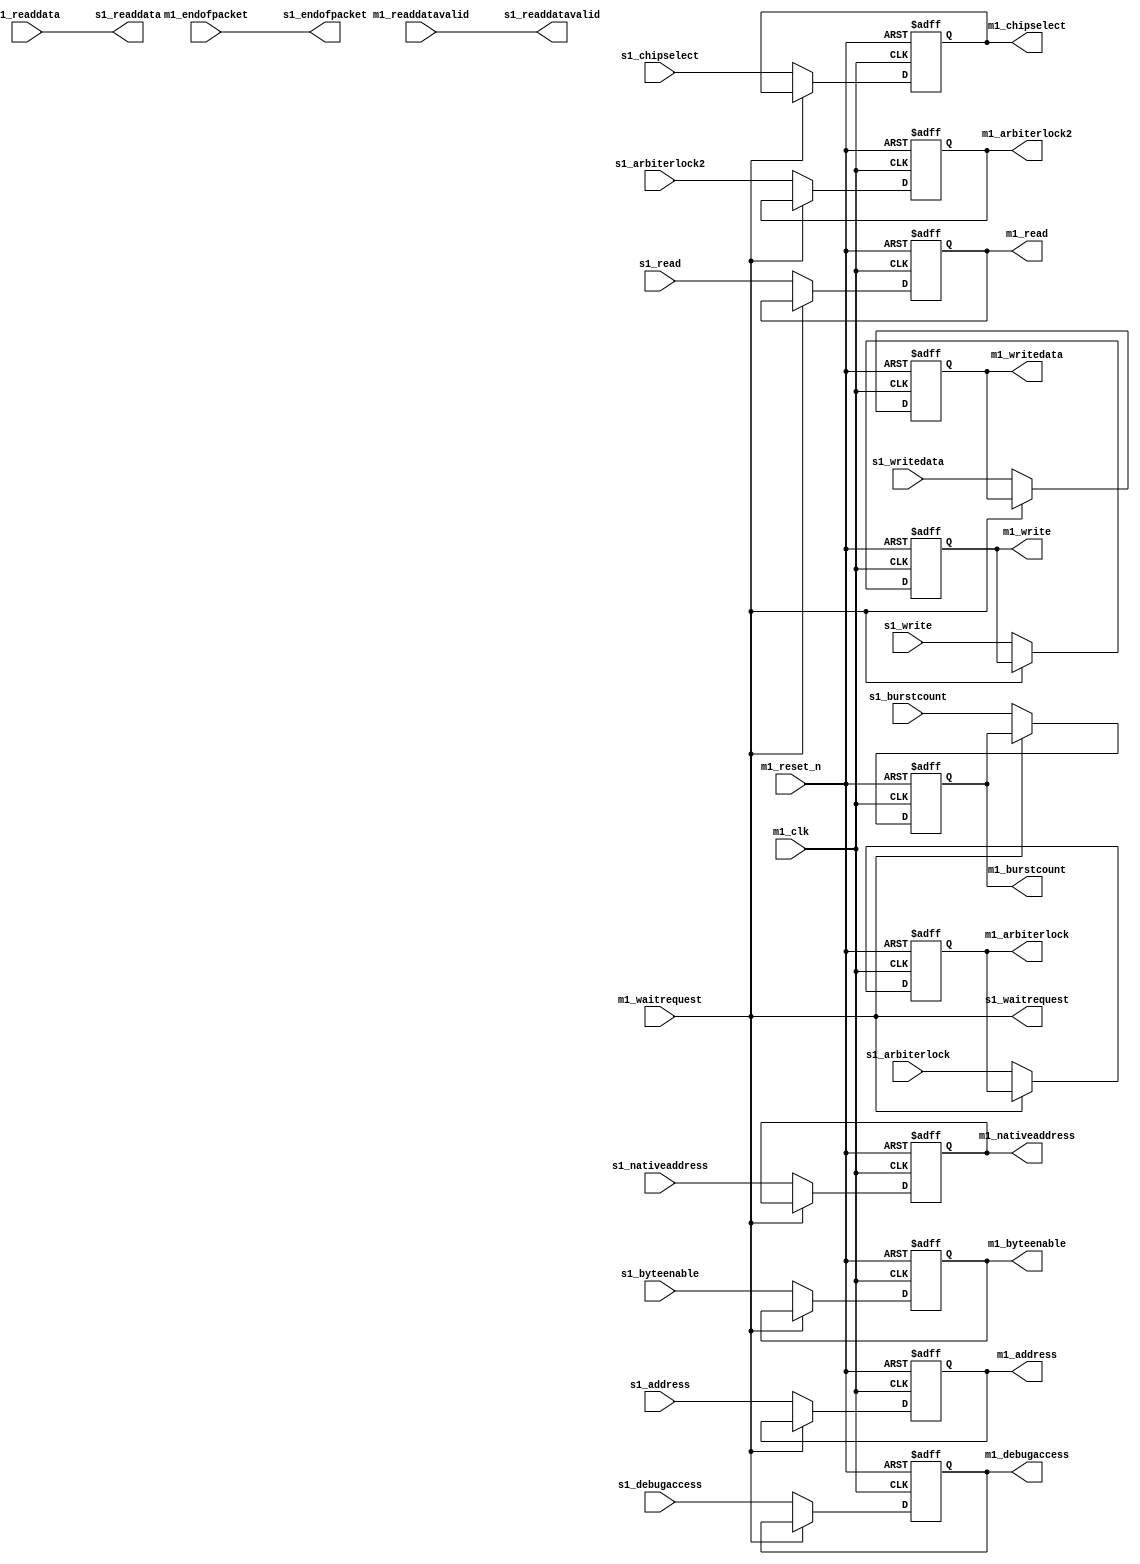
//Legal Notice: (C)2012 Altera Corporation. All rights reserved.  Your
//use of Altera Corporation's design tools, logic functions and other
//software and tools, and its AMPP partner logic functions, and any
//output files any of the foregoing (including device programming or
//simulation files), and any associated documentation or information are
//expressly subject to the terms and conditions of the Altera Program
//License Subscription Agreement or other applicable license agreement,
//including, without limitation, that your use is for the sole purpose
//of programming logic devices manufactured by Altera and sold by Altera
//or its authorized distributors.  Please refer to the applicable
//agreement for further details.

// synthesis translate_off
`timescale 1ns / 1ps
// synthesis translate_on

// turn off superfluous verilog processor warnings 
// altera message_level Level1 
// altera message_off 10034 10035 10036 10037 10230 10240 10030 

module pipeline_bridge_MEMORY_downstream_adapter (
                                                   // inputs:
                                                    m1_clk,
                                                    m1_endofpacket,
                                                    m1_readdata,
                                                    m1_readdatavalid,
                                                    m1_reset_n,
                                                    m1_waitrequest,
                                                    s1_address,
                                                    s1_arbiterlock,
                                                    s1_arbiterlock2,
                                                    s1_burstcount,
                                                    s1_byteenable,
                                                    s1_chipselect,
                                                    s1_debugaccess,
                                                    s1_nativeaddress,
                                                    s1_read,
                                                    s1_write,
                                                    s1_writedata,

                                                   // outputs:
                                                    m1_address,
                                                    m1_arbiterlock,
                                                    m1_arbiterlock2,
                                                    m1_burstcount,
                                                    m1_byteenable,
                                                    m1_chipselect,
                                                    m1_debugaccess,
                                                    m1_nativeaddress,
                                                    m1_read,
                                                    m1_write,
                                                    m1_writedata,
                                                    s1_endofpacket,
                                                    s1_readdata,
                                                    s1_readdatavalid,
                                                    s1_waitrequest
                                                 )
;

  output  [ 23: 0] m1_address;
  output           m1_arbiterlock;
  output           m1_arbiterlock2;
  output  [  2: 0] m1_burstcount;
  output  [  3: 0] m1_byteenable;
  output           m1_chipselect;
  output           m1_debugaccess;
  output  [ 21: 0] m1_nativeaddress;
  output           m1_read;
  output           m1_write;
  output  [ 31: 0] m1_writedata;
  output           s1_endofpacket;
  output  [ 31: 0] s1_readdata;
  output           s1_readdatavalid;
  output           s1_waitrequest;
  input            m1_clk;
  input            m1_endofpacket;
  input   [ 31: 0] m1_readdata;
  input            m1_readdatavalid;
  input            m1_reset_n;
  input            m1_waitrequest;
  input   [ 23: 0] s1_address;
  input            s1_arbiterlock;
  input            s1_arbiterlock2;
  input   [  2: 0] s1_burstcount;
  input   [  3: 0] s1_byteenable;
  input            s1_chipselect;
  input            s1_debugaccess;
  input   [ 21: 0] s1_nativeaddress;
  input            s1_read;
  input            s1_write;
  input   [ 31: 0] s1_writedata;

  reg     [ 23: 0] m1_address;
  reg              m1_arbiterlock;
  reg              m1_arbiterlock2;
  reg     [  2: 0] m1_burstcount;
  reg     [  3: 0] m1_byteenable;
  reg              m1_chipselect;
  reg              m1_debugaccess;
  reg     [ 21: 0] m1_nativeaddress;
  reg              m1_read;
  reg              m1_write;
  reg     [ 31: 0] m1_writedata;
  wire             s1_endofpacket;
  wire    [ 31: 0] s1_readdata;
  wire             s1_readdatavalid;
  wire             s1_waitrequest;
  //s1, which is an e_avalon_adapter_slave
  //m1, which is an e_avalon_adapter_master
  assign s1_endofpacket = m1_endofpacket;
  assign s1_readdata = m1_readdata;
  assign s1_readdatavalid = m1_readdatavalid;
  assign s1_waitrequest = m1_waitrequest;
  always @(posedge m1_clk or negedge m1_reset_n)
    begin
      if (m1_reset_n == 0)
          m1_address <= 0;
      else if (~m1_waitrequest)
          m1_address <= s1_address;
    end


  always @(posedge m1_clk or negedge m1_reset_n)
    begin
      if (m1_reset_n == 0)
          m1_arbiterlock <= 0;
      else if (~m1_waitrequest)
          m1_arbiterlock <= s1_arbiterlock;
    end


  always @(posedge m1_clk or negedge m1_reset_n)
    begin
      if (m1_reset_n == 0)
          m1_arbiterlock2 <= 0;
      else if (~m1_waitrequest)
          m1_arbiterlock2 <= s1_arbiterlock2;
    end


  always @(posedge m1_clk or negedge m1_reset_n)
    begin
      if (m1_reset_n == 0)
          m1_burstcount <= 0;
      else if (~m1_waitrequest)
          m1_burstcount <= s1_burstcount;
    end


  always @(posedge m1_clk or negedge m1_reset_n)
    begin
      if (m1_reset_n == 0)
          m1_byteenable <= 0;
      else if (~m1_waitrequest)
          m1_byteenable <= s1_byteenable;
    end


  always @(posedge m1_clk or negedge m1_reset_n)
    begin
      if (m1_reset_n == 0)
          m1_chipselect <= 0;
      else if (~m1_waitrequest)
          m1_chipselect <= s1_chipselect;
    end


  always @(posedge m1_clk or negedge m1_reset_n)
    begin
      if (m1_reset_n == 0)
          m1_debugaccess <= 0;
      else if (~m1_waitrequest)
          m1_debugaccess <= s1_debugaccess;
    end


  always @(posedge m1_clk or negedge m1_reset_n)
    begin
      if (m1_reset_n == 0)
          m1_nativeaddress <= 0;
      else if (~m1_waitrequest)
          m1_nativeaddress <= s1_nativeaddress;
    end


  always @(posedge m1_clk or negedge m1_reset_n)
    begin
      if (m1_reset_n == 0)
          m1_read <= 0;
      else if (~m1_waitrequest)
          m1_read <= s1_read;
    end


  always @(posedge m1_clk or negedge m1_reset_n)
    begin
      if (m1_reset_n == 0)
          m1_write <= 0;
      else if (~m1_waitrequest)
          m1_write <= s1_write;
    end


  always @(posedge m1_clk or negedge m1_reset_n)
    begin
      if (m1_reset_n == 0)
          m1_writedata <= 0;
      else if (~m1_waitrequest)
          m1_writedata <= s1_writedata;
    end



endmodule



// turn off superfluous verilog processor warnings 
// altera message_level Level1 
// altera message_off 10034 10035 10036 10037 10230 10240 10030 

module pipeline_bridge_MEMORY_upstream_adapter (
                                                 // inputs:
                                                  m1_endofpacket,
                                                  m1_readdata,
                                                  m1_readdatavalid,
                                                  m1_waitrequest,
                                                  s1_address,
                                                  s1_arbiterlock,
                                                  s1_arbiterlock2,
                                                  s1_burstcount,
                                                  s1_byteenable,
                                                  s1_chipselect,
                                                  s1_debugaccess,
                                                  s1_nativeaddress,
                                                  s1_read,
                                                  s1_write,
                                                  s1_writedata,

                                                 // outputs:
                                                  m1_address,
                                                  m1_arbiterlock,
                                                  m1_arbiterlock2,
                                                  m1_burstcount,
                                                  m1_byteenable,
                                                  m1_chipselect,
                                                  m1_debugaccess,
                                                  m1_nativeaddress,
                                                  m1_read,
                                                  m1_write,
                                                  m1_writedata,
                                                  s1_endofpacket,
                                                  s1_readdata,
                                                  s1_readdatavalid,
                                                  s1_waitrequest
                                               )
;

  output  [ 23: 0] m1_address;
  output           m1_arbiterlock;
  output           m1_arbiterlock2;
  output  [  2: 0] m1_burstcount;
  output  [  3: 0] m1_byteenable;
  output           m1_chipselect;
  output           m1_debugaccess;
  output  [ 21: 0] m1_nativeaddress;
  output           m1_read;
  output           m1_write;
  output  [ 31: 0] m1_writedata;
  output           s1_endofpacket;
  output  [ 31: 0] s1_readdata;
  output           s1_readdatavalid;
  output           s1_waitrequest;
  input            m1_endofpacket;
  input   [ 31: 0] m1_readdata;
  input            m1_readdatavalid;
  input            m1_waitrequest;
  input   [ 23: 0] s1_address;
  input            s1_arbiterlock;
  input            s1_arbiterlock2;
  input   [  2: 0] s1_burstcount;
  input   [  3: 0] s1_byteenable;
  input            s1_chipselect;
  input            s1_debugaccess;
  input   [ 21: 0] s1_nativeaddress;
  input            s1_read;
  input            s1_write;
  input   [ 31: 0] s1_writedata;

  wire    [ 23: 0] m1_address;
  wire             m1_arbiterlock;
  wire             m1_arbiterlock2;
  wire    [  2: 0] m1_burstcount;
  wire    [  3: 0] m1_byteenable;
  wire             m1_chipselect;
  wire             m1_debugaccess;
  wire    [ 21: 0] m1_nativeaddress;
  wire             m1_read;
  wire             m1_write;
  wire    [ 31: 0] m1_writedata;
  wire             s1_endofpacket;
  wire    [ 31: 0] s1_readdata;
  wire             s1_readdatavalid;
  wire             s1_waitrequest;
  //s1, which is an e_avalon_adapter_slave
  //m1, which is an e_avalon_adapter_master
  assign s1_endofpacket = m1_endofpacket;
  assign s1_readdata = m1_readdata;
  assign s1_readdatavalid = m1_readdatavalid;
  assign s1_waitrequest = m1_waitrequest;
  assign m1_address = s1_address;
  assign m1_arbiterlock = s1_arbiterlock;
  assign m1_arbiterlock2 = s1_arbiterlock2;
  assign m1_burstcount = s1_burstcount;
  assign m1_byteenable = s1_byteenable;
  assign m1_chipselect = s1_chipselect;
  assign m1_debugaccess = s1_debugaccess;
  assign m1_nativeaddress = s1_nativeaddress;
  assign m1_read = s1_read;
  assign m1_write = s1_write;
  assign m1_writedata = s1_writedata;

endmodule



// turn off superfluous verilog processor warnings 
// altera message_level Level1 
// altera message_off 10034 10035 10036 10037 10230 10240 10030 

module pipeline_bridge_MEMORY_waitrequest_adapter (
                                                    // inputs:
                                                     m1_endofpacket,
                                                     m1_readdata,
                                                     m1_readdatavalid,
                                                     m1_waitrequest,
                                                     s1_address,
                                                     s1_arbiterlock,
                                                     s1_arbiterlock2,
                                                     s1_burstcount,
                                                     s1_byteenable,
                                                     s1_chipselect,
                                                     s1_debugaccess,
                                                     s1_nativeaddress,
                                                     s1_read,
                                                     s1_write,
                                                     s1_writedata,

                                                    // outputs:
                                                     m1_address,
                                                     m1_arbiterlock,
                                                     m1_arbiterlock2,
                                                     m1_burstcount,
                                                     m1_byteenable,
                                                     m1_chipselect,
                                                     m1_debugaccess,
                                                     m1_nativeaddress,
                                                     m1_read,
                                                     m1_write,
                                                     m1_writedata,
                                                     s1_endofpacket,
                                                     s1_readdata,
                                                     s1_readdatavalid,
                                                     s1_waitrequest
                                                  )
;

  output  [ 23: 0] m1_address;
  output           m1_arbiterlock;
  output           m1_arbiterlock2;
  output  [  2: 0] m1_burstcount;
  output  [  3: 0] m1_byteenable;
  output           m1_chipselect;
  output           m1_debugaccess;
  output  [ 21: 0] m1_nativeaddress;
  output           m1_read;
  output           m1_write;
  output  [ 31: 0] m1_writedata;
  output           s1_endofpacket;
  output  [ 31: 0] s1_readdata;
  output           s1_readdatavalid;
  output           s1_waitrequest;
  input            m1_endofpacket;
  input   [ 31: 0] m1_readdata;
  input            m1_readdatavalid;
  input            m1_waitrequest;
  input   [ 23: 0] s1_address;
  input            s1_arbiterlock;
  input            s1_arbiterlock2;
  input   [  2: 0] s1_burstcount;
  input   [  3: 0] s1_byteenable;
  input            s1_chipselect;
  input            s1_debugaccess;
  input   [ 21: 0] s1_nativeaddress;
  input            s1_read;
  input            s1_write;
  input   [ 31: 0] s1_writedata;

  wire    [ 23: 0] m1_address;
  wire             m1_arbiterlock;
  wire             m1_arbiterlock2;
  wire    [  2: 0] m1_burstcount;
  wire    [  3: 0] m1_byteenable;
  wire             m1_chipselect;
  wire             m1_debugaccess;
  wire    [ 21: 0] m1_nativeaddress;
  wire             m1_read;
  wire             m1_write;
  wire    [ 31: 0] m1_writedata;
  wire             s1_endofpacket;
  wire    [ 31: 0] s1_readdata;
  wire             s1_readdatavalid;
  wire             s1_waitrequest;
  //s1, which is an e_avalon_adapter_slave
  //m1, which is an e_avalon_adapter_master
  assign s1_endofpacket = m1_endofpacket;
  assign s1_readdata = m1_readdata;
  assign s1_readdatavalid = m1_readdatavalid;
  assign s1_waitrequest = m1_waitrequest;
  assign m1_address = s1_address;
  assign m1_arbiterlock = s1_arbiterlock;
  assign m1_arbiterlock2 = s1_arbiterlock2;
  assign m1_burstcount = s1_burstcount;
  assign m1_byteenable = s1_byteenable;
  assign m1_chipselect = s1_chipselect;
  assign m1_debugaccess = s1_debugaccess;
  assign m1_nativeaddress = s1_nativeaddress;
  assign m1_read = s1_read;
  assign m1_write = s1_write;
  assign m1_writedata = s1_writedata;

endmodule



// turn off superfluous verilog processor warnings 
// altera message_level Level1 
// altera message_off 10034 10035 10036 10037 10230 10240 10030 

module pipeline_bridge_MEMORY (
                                // inputs:
                                 clk,
                                 m1_endofpacket,
                                 m1_readdata,
                                 m1_readdatavalid,
                                 m1_waitrequest,
                                 reset_n,
                                 s1_address,
                                 s1_arbiterlock,
                                 s1_arbiterlock2,
                                 s1_burstcount,
                                 s1_byteenable,
                                 s1_chipselect,
                                 s1_debugaccess,
                                 s1_nativeaddress,
                                 s1_read,
                                 s1_write,
                                 s1_writedata,

                                // outputs:
                                 m1_address,
                                 m1_burstcount,
                                 m1_byteenable,
                                 m1_chipselect,
                                 m1_debugaccess,
                                 m1_read,
                                 m1_write,
                                 m1_writedata,
                                 s1_endofpacket,
                                 s1_readdata,
                                 s1_readdatavalid,
                                 s1_waitrequest
                              )
;

  output  [ 23: 0] m1_address;
  output  [  2: 0] m1_burstcount;
  output  [  3: 0] m1_byteenable;
  output           m1_chipselect;
  output           m1_debugaccess;
  output           m1_read;
  output           m1_write;
  output  [ 31: 0] m1_writedata;
  output           s1_endofpacket;
  output  [ 31: 0] s1_readdata;
  output           s1_readdatavalid;
  output           s1_waitrequest;
  input            clk;
  input            m1_endofpacket;
  input   [ 31: 0] m1_readdata;
  input            m1_readdatavalid;
  input            m1_waitrequest;
  input            reset_n;
  input   [ 21: 0] s1_address;
  input            s1_arbiterlock;
  input            s1_arbiterlock2;
  input   [  2: 0] s1_burstcount;
  input   [  3: 0] s1_byteenable;
  input            s1_chipselect;
  input            s1_debugaccess;
  input   [ 21: 0] s1_nativeaddress;
  input            s1_read;
  input            s1_write;
  input   [ 31: 0] s1_writedata;

  wire    [ 23: 0] downstream_m1_address;
  wire             downstream_m1_arbiterlock;
  wire             downstream_m1_arbiterlock2;
  wire    [  2: 0] downstream_m1_burstcount;
  wire    [  3: 0] downstream_m1_byteenable;
  wire             downstream_m1_chipselect;
  wire             downstream_m1_debugaccess;
  wire             downstream_m1_endofpacket;
  wire    [ 21: 0] downstream_m1_nativeaddress;
  wire             downstream_m1_read;
  wire    [ 31: 0] downstream_m1_readdata;
  wire             downstream_m1_readdatavalid;
  wire             downstream_m1_waitrequest;
  wire             downstream_m1_write;
  wire    [ 31: 0] downstream_m1_writedata;
  wire    [ 23: 0] downstream_s1_address;
  wire             downstream_s1_arbiterlock;
  wire             downstream_s1_arbiterlock2;
  wire    [  2: 0] downstream_s1_burstcount;
  wire    [  3: 0] downstream_s1_byteenable;
  wire             downstream_s1_chipselect;
  wire             downstream_s1_debugaccess;
  wire             downstream_s1_endofpacket;
  wire    [ 21: 0] downstream_s1_nativeaddress;
  wire             downstream_s1_read;
  wire    [ 31: 0] downstream_s1_readdata;
  wire             downstream_s1_readdatavalid;
  wire             downstream_s1_waitrequest;
  wire             downstream_s1_write;
  wire    [ 31: 0] downstream_s1_writedata;
  wire    [ 23: 0] m1_address;
  wire             m1_arbiterlock;
  wire             m1_arbiterlock2;
  wire    [  2: 0] m1_burstcount;
  wire    [  3: 0] m1_byteenable;
  wire             m1_chipselect;
  wire             m1_debugaccess;
  wire    [ 21: 0] m1_nativeaddress;
  wire             m1_read;
  wire             m1_write;
  wire    [ 31: 0] m1_writedata;
  wire             s1_endofpacket;
  wire    [ 31: 0] s1_readdata;
  wire             s1_readdatavalid;
  wire             s1_waitrequest;
  wire    [ 23: 0] upstream_m1_address;
  wire             upstream_m1_arbiterlock;
  wire             upstream_m1_arbiterlock2;
  wire    [  2: 0] upstream_m1_burstcount;
  wire    [  3: 0] upstream_m1_byteenable;
  wire             upstream_m1_chipselect;
  wire             upstream_m1_debugaccess;
  wire             upstream_m1_endofpacket;
  wire    [ 21: 0] upstream_m1_nativeaddress;
  wire             upstream_m1_read;
  wire    [ 31: 0] upstream_m1_readdata;
  wire             upstream_m1_readdatavalid;
  wire             upstream_m1_waitrequest;
  wire             upstream_m1_write;
  wire    [ 31: 0] upstream_m1_writedata;
  wire    [ 23: 0] upstream_s1_address;
  wire             upstream_s1_arbiterlock;
  wire             upstream_s1_arbiterlock2;
  wire    [  2: 0] upstream_s1_burstcount;
  wire    [  3: 0] upstream_s1_byteenable;
  wire             upstream_s1_chipselect;
  wire             upstream_s1_debugaccess;
  wire             upstream_s1_endofpacket;
  wire    [ 21: 0] upstream_s1_nativeaddress;
  wire             upstream_s1_read;
  wire    [ 31: 0] upstream_s1_readdata;
  wire             upstream_s1_readdatavalid;
  wire             upstream_s1_waitrequest;
  wire             upstream_s1_write;
  wire    [ 31: 0] upstream_s1_writedata;
  wire    [ 23: 0] waitrequest_m1_address;
  wire             waitrequest_m1_arbiterlock;
  wire             waitrequest_m1_arbiterlock2;
  wire    [  2: 0] waitrequest_m1_burstcount;
  wire    [  3: 0] waitrequest_m1_byteenable;
  wire             waitrequest_m1_chipselect;
  wire             waitrequest_m1_debugaccess;
  wire             waitrequest_m1_endofpacket;
  wire    [ 21: 0] waitrequest_m1_nativeaddress;
  wire             waitrequest_m1_read;
  wire    [ 31: 0] waitrequest_m1_readdata;
  wire             waitrequest_m1_readdatavalid;
  wire             waitrequest_m1_waitrequest;
  wire             waitrequest_m1_write;
  wire    [ 31: 0] waitrequest_m1_writedata;
  wire    [ 23: 0] waitrequest_s1_address;
  wire             waitrequest_s1_arbiterlock;
  wire             waitrequest_s1_arbiterlock2;
  wire    [  2: 0] waitrequest_s1_burstcount;
  wire    [  3: 0] waitrequest_s1_byteenable;
  wire             waitrequest_s1_chipselect;
  wire             waitrequest_s1_debugaccess;
  wire             waitrequest_s1_endofpacket;
  wire    [ 21: 0] waitrequest_s1_nativeaddress;
  wire             waitrequest_s1_read;
  wire    [ 31: 0] waitrequest_s1_readdata;
  wire             waitrequest_s1_readdatavalid;
  wire             waitrequest_s1_waitrequest;
  wire             waitrequest_s1_write;
  wire    [ 31: 0] waitrequest_s1_writedata;
  pipeline_bridge_MEMORY_downstream_adapter the_pipeline_bridge_MEMORY_downstream_adapter
    (
      .m1_address       (downstream_m1_address),
      .m1_arbiterlock   (downstream_m1_arbiterlock),
      .m1_arbiterlock2  (downstream_m1_arbiterlock2),
      .m1_burstcount    (downstream_m1_burstcount),
      .m1_byteenable    (downstream_m1_byteenable),
      .m1_chipselect    (downstream_m1_chipselect),
      .m1_clk           (clk),
      .m1_debugaccess   (downstream_m1_debugaccess),
      .m1_endofpacket   (downstream_m1_endofpacket),
      .m1_nativeaddress (downstream_m1_nativeaddress),
      .m1_read          (downstream_m1_read),
      .m1_readdata      (downstream_m1_readdata),
      .m1_readdatavalid (downstream_m1_readdatavalid),
      .m1_reset_n       (reset_n),
      .m1_waitrequest   (downstream_m1_waitrequest),
      .m1_write         (downstream_m1_write),
      .m1_writedata     (downstream_m1_writedata),
      .s1_address       (downstream_s1_address),
      .s1_arbiterlock   (downstream_s1_arbiterlock),
      .s1_arbiterlock2  (downstream_s1_arbiterlock2),
      .s1_burstcount    (downstream_s1_burstcount),
      .s1_byteenable    (downstream_s1_byteenable),
      .s1_chipselect    (downstream_s1_chipselect),
      .s1_debugaccess   (downstream_s1_debugaccess),
      .s1_endofpacket   (downstream_s1_endofpacket),
      .s1_nativeaddress (downstream_s1_nativeaddress),
      .s1_read          (downstream_s1_read),
      .s1_readdata      (downstream_s1_readdata),
      .s1_readdatavalid (downstream_s1_readdatavalid),
      .s1_waitrequest   (downstream_s1_waitrequest),
      .s1_write         (downstream_s1_write),
      .s1_writedata     (downstream_s1_writedata)
    );

  pipeline_bridge_MEMORY_upstream_adapter the_pipeline_bridge_MEMORY_upstream_adapter
    (
      .m1_address       (upstream_m1_address),
      .m1_arbiterlock   (upstream_m1_arbiterlock),
      .m1_arbiterlock2  (upstream_m1_arbiterlock2),
      .m1_burstcount    (upstream_m1_burstcount),
      .m1_byteenable    (upstream_m1_byteenable),
      .m1_chipselect    (upstream_m1_chipselect),
      .m1_debugaccess   (upstream_m1_debugaccess),
      .m1_endofpacket   (upstream_m1_endofpacket),
      .m1_nativeaddress (upstream_m1_nativeaddress),
      .m1_read          (upstream_m1_read),
      .m1_readdata      (upstream_m1_readdata),
      .m1_readdatavalid (upstream_m1_readdatavalid),
      .m1_waitrequest   (upstream_m1_waitrequest),
      .m1_write         (upstream_m1_write),
      .m1_writedata     (upstream_m1_writedata),
      .s1_address       (upstream_s1_address),
      .s1_arbiterlock   (upstream_s1_arbiterlock),
      .s1_arbiterlock2  (upstream_s1_arbiterlock2),
      .s1_burstcount    (upstream_s1_burstcount),
      .s1_byteenable    (upstream_s1_byteenable),
      .s1_chipselect    (upstream_s1_chipselect),
      .s1_debugaccess   (upstream_s1_debugaccess),
      .s1_endofpacket   (upstream_s1_endofpacket),
      .s1_nativeaddress (upstream_s1_nativeaddress),
      .s1_read          (upstream_s1_read),
      .s1_readdata      (upstream_s1_readdata),
      .s1_readdatavalid (upstream_s1_readdatavalid),
      .s1_waitrequest   (upstream_s1_waitrequest),
      .s1_write         (upstream_s1_write),
      .s1_writedata     (upstream_s1_writedata)
    );

  pipeline_bridge_MEMORY_waitrequest_adapter the_pipeline_bridge_MEMORY_waitrequest_adapter
    (
      .m1_address       (waitrequest_m1_address),
      .m1_arbiterlock   (waitrequest_m1_arbiterlock),
      .m1_arbiterlock2  (waitrequest_m1_arbiterlock2),
      .m1_burstcount    (waitrequest_m1_burstcount),
      .m1_byteenable    (waitrequest_m1_byteenable),
      .m1_chipselect    (waitrequest_m1_chipselect),
      .m1_debugaccess   (waitrequest_m1_debugaccess),
      .m1_endofpacket   (waitrequest_m1_endofpacket),
      .m1_nativeaddress (waitrequest_m1_nativeaddress),
      .m1_read          (waitrequest_m1_read),
      .m1_readdata      (waitrequest_m1_readdata),
      .m1_readdatavalid (waitrequest_m1_readdatavalid),
      .m1_waitrequest   (waitrequest_m1_waitrequest),
      .m1_write         (waitrequest_m1_write),
      .m1_writedata     (waitrequest_m1_writedata),
      .s1_address       (waitrequest_s1_address),
      .s1_arbiterlock   (waitrequest_s1_arbiterlock),
      .s1_arbiterlock2  (waitrequest_s1_arbiterlock2),
      .s1_burstcount    (waitrequest_s1_burstcount),
      .s1_byteenable    (waitrequest_s1_byteenable),
      .s1_chipselect    (waitrequest_s1_chipselect),
      .s1_debugaccess   (waitrequest_s1_debugaccess),
      .s1_endofpacket   (waitrequest_s1_endofpacket),
      .s1_nativeaddress (waitrequest_s1_nativeaddress),
      .s1_read          (waitrequest_s1_read),
      .s1_readdata      (waitrequest_s1_readdata),
      .s1_readdatavalid (waitrequest_s1_readdatavalid),
      .s1_waitrequest   (waitrequest_s1_waitrequest),
      .s1_write         (waitrequest_s1_write),
      .s1_writedata     (waitrequest_s1_writedata)
    );

  assign m1_nativeaddress = downstream_m1_nativeaddress;
  assign downstream_s1_nativeaddress = upstream_m1_nativeaddress;
  assign upstream_s1_nativeaddress = waitrequest_m1_nativeaddress;
  assign waitrequest_s1_nativeaddress = s1_nativeaddress;
  assign m1_debugaccess = downstream_m1_debugaccess;
  assign downstream_s1_debugaccess = upstream_m1_debugaccess;
  assign upstream_s1_debugaccess = waitrequest_m1_debugaccess;
  assign waitrequest_s1_debugaccess = s1_debugaccess;
  assign m1_arbiterlock = downstream_m1_arbiterlock;
  assign downstream_s1_arbiterlock = upstream_m1_arbiterlock;
  assign upstream_s1_arbiterlock = waitrequest_m1_arbiterlock;
  assign waitrequest_s1_arbiterlock = s1_arbiterlock;
  assign m1_writedata = downstream_m1_writedata;
  assign downstream_s1_writedata = upstream_m1_writedata;
  assign upstream_s1_writedata = waitrequest_m1_writedata;
  assign waitrequest_s1_writedata = s1_writedata;
  assign m1_chipselect = downstream_m1_chipselect;
  assign downstream_s1_chipselect = upstream_m1_chipselect;
  assign upstream_s1_chipselect = waitrequest_m1_chipselect;
  assign waitrequest_s1_chipselect = s1_chipselect;
  assign m1_burstcount = downstream_m1_burstcount;
  assign downstream_s1_burstcount = upstream_m1_burstcount;
  assign upstream_s1_burstcount = waitrequest_m1_burstcount;
  assign waitrequest_s1_burstcount = s1_burstcount;
  assign m1_byteenable = downstream_m1_byteenable;
  assign downstream_s1_byteenable = upstream_m1_byteenable;
  assign upstream_s1_byteenable = waitrequest_m1_byteenable;
  assign waitrequest_s1_byteenable = s1_byteenable;
  assign m1_arbiterlock2 = downstream_m1_arbiterlock2;
  assign downstream_s1_arbiterlock2 = upstream_m1_arbiterlock2;
  assign upstream_s1_arbiterlock2 = waitrequest_m1_arbiterlock2;
  assign waitrequest_s1_arbiterlock2 = s1_arbiterlock2;
  assign m1_read = downstream_m1_read;
  assign downstream_s1_read = upstream_m1_read;
  assign upstream_s1_read = waitrequest_m1_read;
  assign waitrequest_s1_read = s1_read;
  assign m1_write = downstream_m1_write;
  assign downstream_s1_write = upstream_m1_write;
  assign upstream_s1_write = waitrequest_m1_write;
  assign waitrequest_s1_write = s1_write;
  assign waitrequest_s1_address = {s1_address, 2'b0};
  assign upstream_s1_address = waitrequest_m1_address;
  assign downstream_s1_address = upstream_m1_address;
  assign m1_address = downstream_m1_address;
  assign downstream_m1_readdatavalid = m1_readdatavalid;
  assign upstream_m1_readdatavalid = downstream_s1_readdatavalid;
  assign waitrequest_m1_readdatavalid = upstream_s1_readdatavalid;
  assign s1_readdatavalid = waitrequest_s1_readdatavalid;
  assign downstream_m1_waitrequest = m1_waitrequest;
  assign upstream_m1_waitrequest = downstream_s1_waitrequest;
  assign waitrequest_m1_waitrequest = upstream_s1_waitrequest;
  assign s1_waitrequest = waitrequest_s1_waitrequest;
  assign downstream_m1_endofpacket = m1_endofpacket;
  assign upstream_m1_endofpacket = downstream_s1_endofpacket;
  assign waitrequest_m1_endofpacket = upstream_s1_endofpacket;
  assign s1_endofpacket = waitrequest_s1_endofpacket;
  assign downstream_m1_readdata = m1_readdata;
  assign upstream_m1_readdata = downstream_s1_readdata;
  assign waitrequest_m1_readdata = upstream_s1_readdata;
  assign s1_readdata = waitrequest_s1_readdata;
  //s1, which is an e_avalon_slave
  //m1, which is an e_avalon_master

endmodule